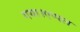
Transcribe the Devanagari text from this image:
गया।एप्पल